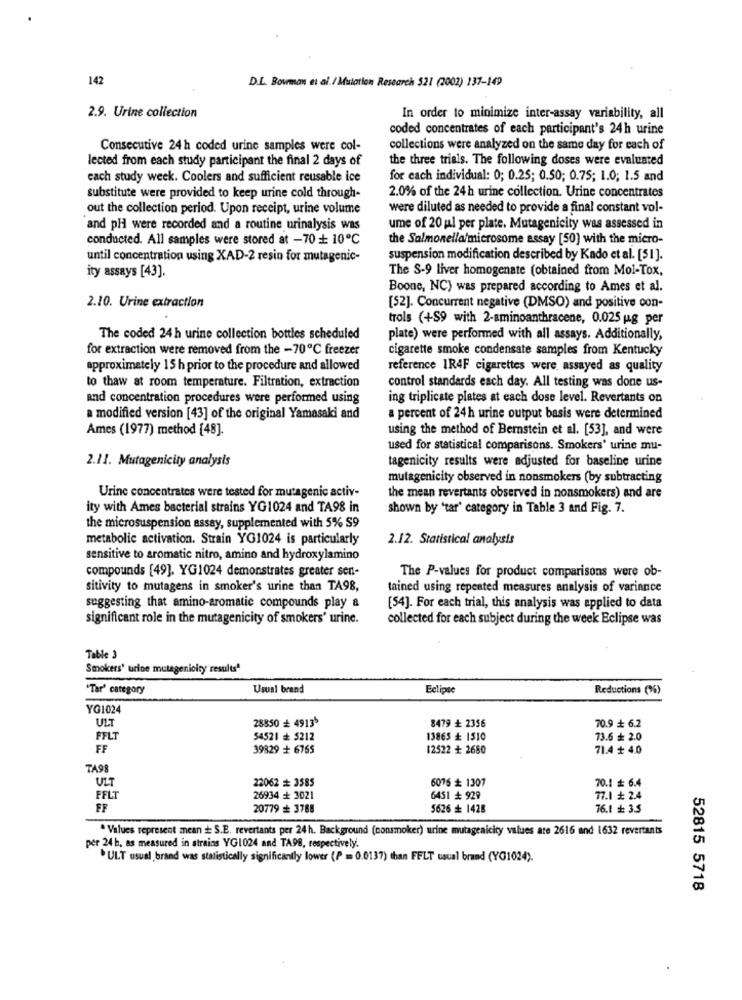
142
D.L. Bowman et al. / Mfulation Research 521 (2002) 137-149
2.9. Urine collection
In order to minimize inter-assay variability, all
coded concentrates of each participant's 24h urine
Consecutive 24 h coded urine samples were col-
collections were analyzed on the same day for each of
lected from each study participant the final 2 days of
the three trials. The following doses were evaluated
cach study week. Coolers and sufficient reusable ice
for each individual: 0; 0.25; 0.50; 0.75; 1.0; 1.5 and
substitute were provided to keep urine cold through-
2.0% of the 24h urine collection. Urine concentrates
out the collection period. Upon receipt, urine volume
were diluted as needed to provide a final constant vol-
and pH were recorded and a routine urinalysis was
ume of 20 ul per plate. Mutagenicity was assessed in
conducted. All samples were stored at -70 + 10℃
the Salmonella/microsome assay [50] with the micro-
until concentration using XAD-2 resin for mutagenic-
suspension modification described by Kado et al. [51].
The S-9 liver homogenate (obtained from Mol-Tox,
ity assays [43].
Boone, NC) was prepared according to Ames et al.
2.10. Urine extraction
[52]. Concurrent negative (DMSO) and positive con-
trols (+S9 with 2-aminoanthracene, 0.025 ug per
The coded 24 h urine collection bottles scheduled
plate) were performed with all assays. Additionally,
for extraction were removed from the -70℃ freezer
cigarette smoke condensate samples from Kentucky
approximately 15 h prior to the procedure and allowed
reference IR4F cigarettes were, assayed as quality
to thaw at room temperature. Filtration, extraction
control standards each day. All testing was done us-
and concentration procedures were performed using
ing triplicate plates at each dose level. Revertants on
a modified version [43] of the original Yamasaki and
a percent of 24 h urine output basis were determined
Ames (1977) method [48].
using the method of Bernstein et al. [53], and were
used for statistical comparisons. Smokers' urine mu-
2.11. Mutagenicity analysis
tagenicity results were adjusted for baseline urine
mutagenicity observed in nonsmokers (by subtracting
Urine concentrates were tested for mutagenic activ-
the mean revertants observed in nonsmokers) and are
ity with Ames bacterial strains YG1024 and TA98 in
shown by "tar' category in Table 3 and Fig. 7.
the microsuspension assay, supplemented with 5% S9
metabolic activation. Strain YG1024 is particularly
2.12. Statistical analysis
sensitive to aromatic nitro, amino and hydroxylamino
compounds [49]. YG1024 demonstrates greater sen-
The P-values for product comparisons were ob-
sitivity to mutagens in smoker's urine than TA98,
tained using repeated measures analysis of variance
suggesting that amino-aromatic compounds play a
[54]. For each trial, this analysis was applied to data
significant role in the mutagenicity of smokers' urine.
collected for each subject during the week Eclipse was
Table 3
Smokers' urine mutagenicity results4
"Tar' category
Usual brand
Eclipse
Reductions (%)
YG1024
ULT
28850 + 49135
8479 + 2356
70.9 6.2
FFLT
54521 = 5212
13865 + 1510
73.6 + 2.0
FF
39829 + 6765
12522 + 2680
71.4 + 4.0
TA98
ULT
22062 == 3585
6076 + 1307
70.1 6.4
FFLT
26934 + 3021
6451 # 929
77.1 ₺ 2.4
FF
20779 + 3788
5626 + 1428
76.1 + 35
" Values represent mean + S.E. revertants per 24h. Background (consmoker) urine mutagenicity values ate 2616 and 1632 revertants
per 24 h, as measured in strains YG1024 and TA98, respectively.
ULT usual brand was stalistically significantly lower (P = 0.0137) than FFLT usual brand (YG1024).
52815 5718